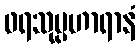
ဖရသုပ္ပဟာရာနံ